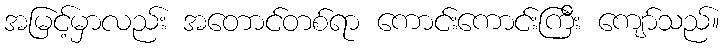
အမြင့်မှာလည်း အတောင်တစ်ရာ ကောင်းကောင်းကြီး ကျော်သည်။